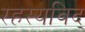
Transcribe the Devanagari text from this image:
रहस्यविद्